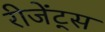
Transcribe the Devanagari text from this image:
रीजेंट्स